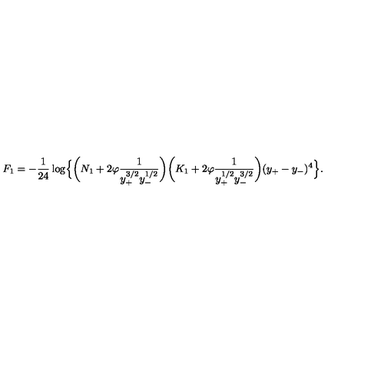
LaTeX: F _ { 1 } = - \frac { 1 } { 2 4 } \log \Bigl \{ \biggl ( N _ { 1 } + 2 \varphi \frac { 1 } { y _ { + } ^ { 3 / 2 } y _ { - } ^ { 1 / 2 } } \biggr ) \biggl ( K _ { 1 } + 2 \varphi \frac { 1 } { y _ { + } ^ { 1 / 2 } y _ { - } ^ { 3 / 2 } } \biggr ) ( y _ { + } - y _ { - } ) ^ { 4 } \Bigr \} .